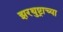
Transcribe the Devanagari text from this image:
झरथुष्ट्राच्या